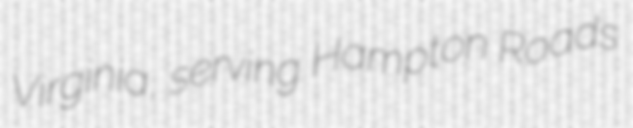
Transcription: Virginia, serving Hampton Roads